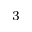
^ { 3 }